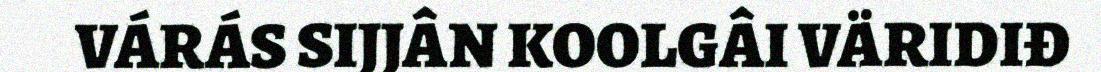
VÁRÁS SIJJÂN KOOLGÂI VÄRIDIĐ